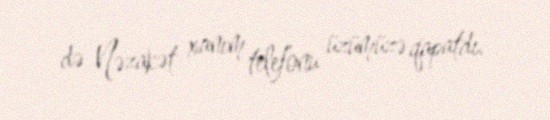
də Nəzakət xanım telefonu üzümüzə qapatdı.